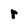
Character: r